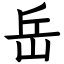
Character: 岳